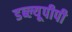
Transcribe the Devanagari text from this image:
डब्ल्यूपीपी